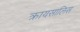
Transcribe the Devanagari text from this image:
क्रायसालिस